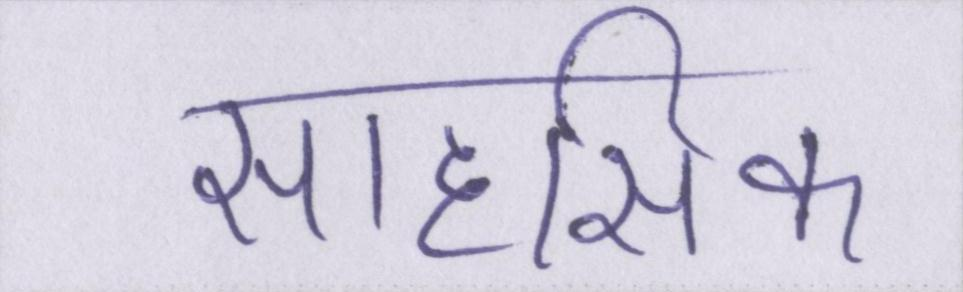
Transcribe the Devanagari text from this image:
साहसिक